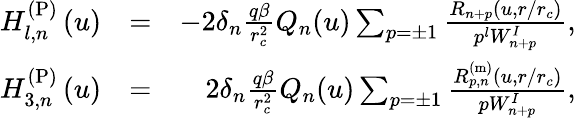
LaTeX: \begin{array}{rlr}{H_{l,n}^{\mathrm{(P)}}\left(u\right)}&{=}&{-2\delta_{n}\frac{q\beta}{r_{c}^{2}}Q_{n}(u)\sum_{p=\pm 1}\frac{R_{n+p}(u,r/r_{c})}{p^{l}W_{n+p}^{I}},}\\ {H_{3,n}^{\mathrm{(P)}}\left(u\right)}&{=}&{2\delta_{n}\frac{q\beta}{r_{c}^{2}}Q_{n}(u)\sum_{p=\pm 1}\frac{R_{p,n}^{\mathrm{(m)}}(u,r/r_{c})}{pW_{n+p}^{I}},}\end{array}